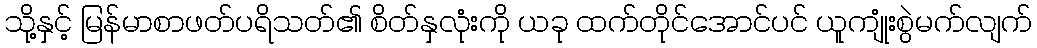
သို့နှင့် မြန်မာစာဖတ်ပရိသတ်၏ စိတ်နှလုံးကို ယခု ထက်တိုင်အောင်ပင် ယူကျုံးစွဲမက်လျက်